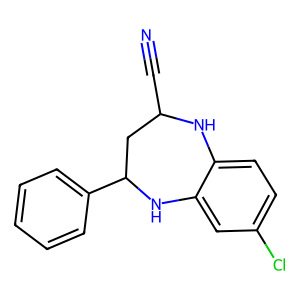
SMILES: N#CC1CC(c2ccccc2)Nc2cc(Cl)ccc2N1
Inhibits HIV replication: No